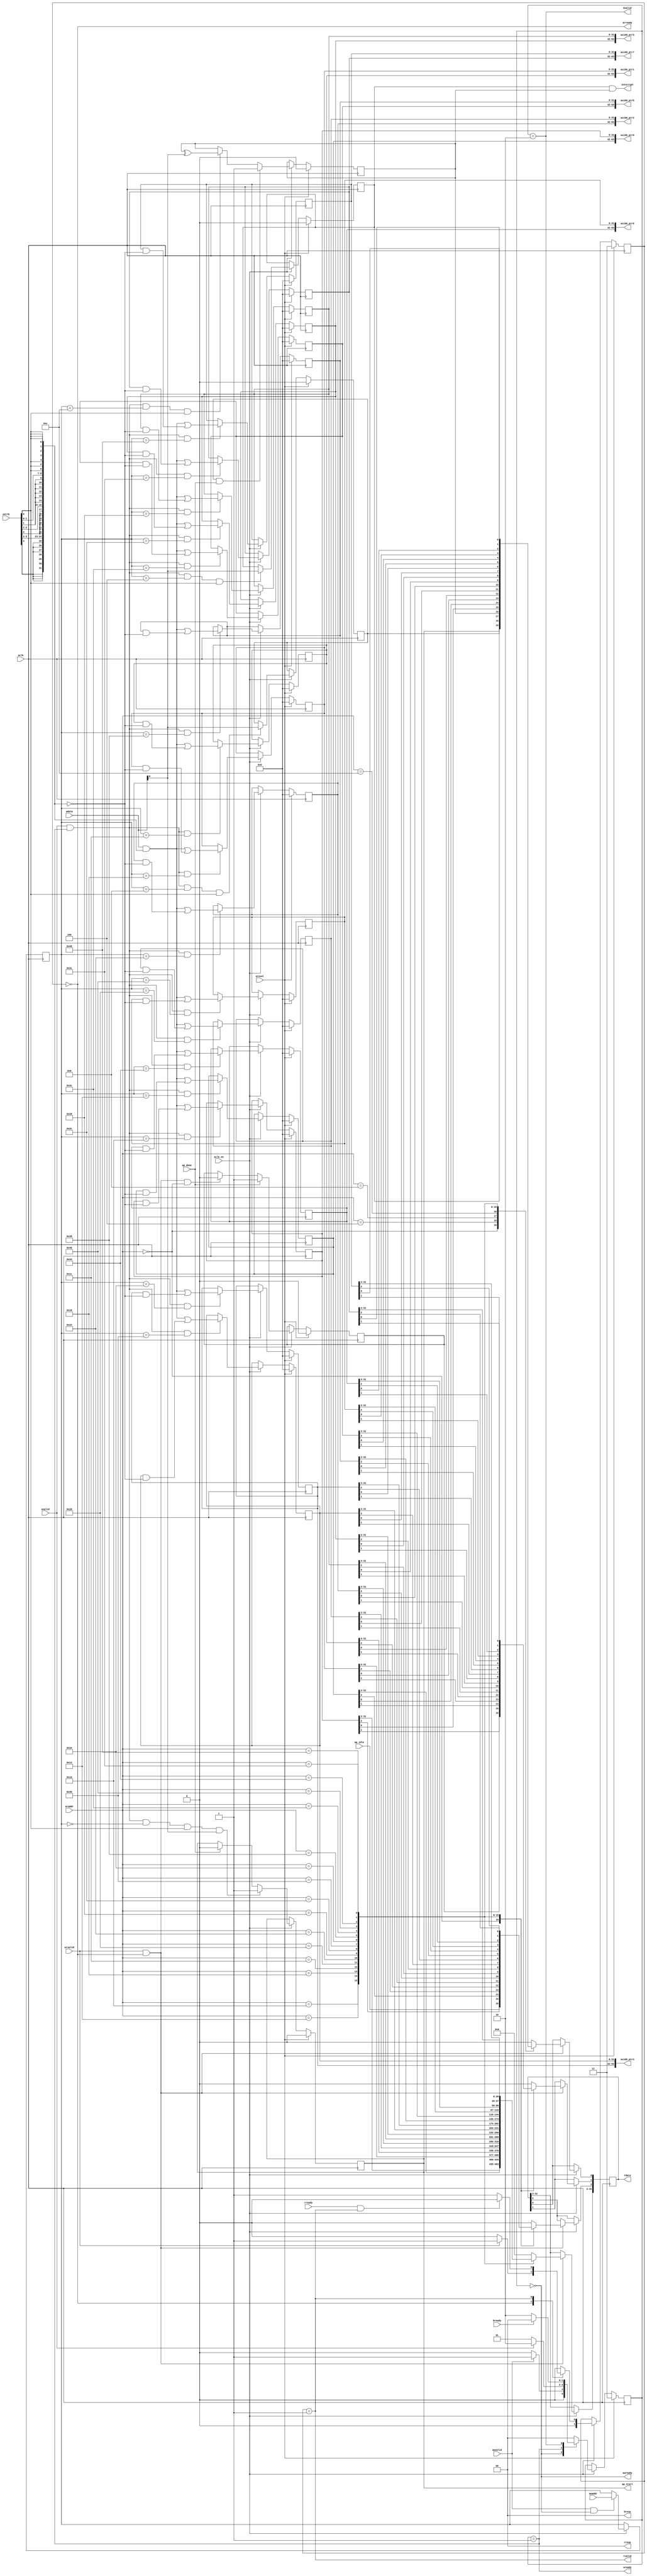
// This is a generated file. Use and modify at your own risk.
////////////////////////////////////////////////////////////////////////////////

// default_nettype of none prevents implicit wire declaration.
`default_nettype none
`timescale 1ns/1ps
module sdx_kernel_wizard_0_control_s_axi #(
  parameter integer C_ADDR_WIDTH = 12,
  parameter integer C_DATA_WIDTH = 32
)
(
  // AXI4-Lite slave signals
  input  wire                      aclk      ,
  input  wire                      areset    ,
  input  wire                      aclk_en   ,
  input  wire                      awvalid   ,
  output wire                      awready   ,
  input  wire [C_ADDR_WIDTH-1:0]   awaddr    ,
  input  wire                      wvalid    ,
  output wire                      wready    ,
  input  wire [C_DATA_WIDTH-1:0]   wdata     ,
  input  wire [C_DATA_WIDTH/8-1:0] wstrb     ,
  input  wire                      arvalid   ,
  output wire                      arready   ,
  input  wire [C_ADDR_WIDTH-1:0]   araddr    ,
  output wire                      rvalid    ,
  input  wire                      rready    ,
  output wire [C_DATA_WIDTH-1:0]   rdata     ,
  output wire [2-1:0]              rresp     ,
  output wire                      bvalid    ,
  input  wire                      bready    ,
  output wire [2-1:0]              bresp     ,
  output wire                      interrupt ,
  output wire                      ap_start  ,
  input  wire                      ap_idle   ,
  input  wire                      ap_done   ,
  // User defined arguments
  output wire [64-1:0]             axi00_ptr0,
  output wire [64-1:0]             axi00_ptr1,
  output wire [64-1:0]             axi00_ptr2,
  output wire [64-1:0]             axi00_ptr3,
  output wire [64-1:0]             axi00_ptr4,
  output wire [64-1:0]             axi00_ptr5,
  output wire [64-1:0]             axi00_ptr6,
  output wire [64-1:0]             axi00_ptr7
);

//------------------------Address Info-------------------
// 0x000 : Control signals
//         bit 0  - ap_start (Read/Write/COH)
//         bit 1  - ap_done (Read/COR)
//         bit 2  - ap_idle (Read)
//         others - reserved
// 0x004 : Global Interrupt Enable Register
//         bit 0  - Global Interrupt Enable (Read/Write)
//         others - reserved
// 0x008 : IP Interrupt Enable Register (Read/Write)
//         bit 0  - Channel 0 (ap_done)
//         others - reserved
// 0x00c : IP Interrupt Status Register (Read/TOW)
//         bit 0  - Channel 0 (ap_done)
//         others - reserved
// 0x010 : Data signal of axi00_ptr0
//         bit 31~0 - axi00_ptr0[31:0] (Read/Write)
// 0x014 : Data signal of axi00_ptr0
//         bit 31~0 - axi00_ptr0[63:32] (Read/Write)
// 0x018 : Data signal of axi00_ptr1
//         bit 31~0 - axi00_ptr1[31:0] (Read/Write)
// 0x01c : Data signal of axi00_ptr1
//         bit 31~0 - axi00_ptr1[63:32] (Read/Write)
// 0x020 : Data signal of axi00_ptr2
//         bit 31~0 - axi00_ptr2[31:0] (Read/Write)
// 0x024 : Data signal of axi00_ptr2
//         bit 31~0 - axi00_ptr2[63:32] (Read/Write)
// 0x028 : Data signal of axi00_ptr3
//         bit 31~0 - axi00_ptr3[31:0] (Read/Write)
// 0x02c : Data signal of axi00_ptr3
//         bit 31~0 - axi00_ptr3[63:32] (Read/Write)
// 0x030 : Data signal of axi00_ptr4
//         bit 31~0 - axi00_ptr4[31:0] (Read/Write)
// 0x034 : Data signal of axi00_ptr4
//         bit 31~0 - axi00_ptr4[63:32] (Read/Write)
// 0x038 : Data signal of axi00_ptr5
//         bit 31~0 - axi00_ptr5[31:0] (Read/Write)
// 0x03c : Data signal of axi00_ptr5
//         bit 31~0 - axi00_ptr5[63:32] (Read/Write)
// 0x040 : Data signal of axi00_ptr6
//         bit 31~0 - axi00_ptr6[31:0] (Read/Write)
// 0x044 : Data signal of axi00_ptr6
//         bit 31~0 - axi00_ptr6[63:32] (Read/Write)
// 0x048 : Data signal of axi00_ptr7
//         bit 31~0 - axi00_ptr7[31:0] (Read/Write)
// 0x04c : Data signal of axi00_ptr7
//         bit 31~0 - axi00_ptr7[63:32] (Read/Write)
// (SC = Self Clear, COR = Clear on Read, TOW = Toggle on Write, COH = Clear on Handshake)

///////////////////////////////////////////////////////////////////////////////
// Local Parameters
///////////////////////////////////////////////////////////////////////////////
localparam [C_ADDR_WIDTH-1:0]       LP_ADDR_AP_CTRL                = 12'h000;
localparam [C_ADDR_WIDTH-1:0]       LP_ADDR_GIE                    = 12'h004;
localparam [C_ADDR_WIDTH-1:0]       LP_ADDR_IER                    = 12'h008;
localparam [C_ADDR_WIDTH-1:0]       LP_ADDR_ISR                    = 12'h00c;
localparam [C_ADDR_WIDTH-1:0]       LP_ADDR_axi00_ptr0_0           = 12'h010;
localparam [C_ADDR_WIDTH-1:0]       LP_ADDR_axi00_ptr0_1           = 12'h014;
localparam [C_ADDR_WIDTH-1:0]       LP_ADDR_axi00_ptr1_0           = 12'h018;
localparam [C_ADDR_WIDTH-1:0]       LP_ADDR_axi00_ptr1_1           = 12'h01c;
localparam [C_ADDR_WIDTH-1:0]       LP_ADDR_axi00_ptr2_0           = 12'h020;
localparam [C_ADDR_WIDTH-1:0]       LP_ADDR_axi00_ptr2_1           = 12'h024;
localparam [C_ADDR_WIDTH-1:0]       LP_ADDR_axi00_ptr3_0           = 12'h028;
localparam [C_ADDR_WIDTH-1:0]       LP_ADDR_axi00_ptr3_1           = 12'h02c;
localparam [C_ADDR_WIDTH-1:0]       LP_ADDR_axi00_ptr4_0           = 12'h030;
localparam [C_ADDR_WIDTH-1:0]       LP_ADDR_axi00_ptr4_1           = 12'h034;
localparam [C_ADDR_WIDTH-1:0]       LP_ADDR_axi00_ptr5_0           = 12'h038;
localparam [C_ADDR_WIDTH-1:0]       LP_ADDR_axi00_ptr5_1           = 12'h03c;
localparam [C_ADDR_WIDTH-1:0]       LP_ADDR_axi00_ptr6_0           = 12'h040;
localparam [C_ADDR_WIDTH-1:0]       LP_ADDR_axi00_ptr6_1           = 12'h044;
localparam [C_ADDR_WIDTH-1:0]       LP_ADDR_axi00_ptr7_0           = 12'h048;
localparam [C_ADDR_WIDTH-1:0]       LP_ADDR_axi00_ptr7_1           = 12'h04c;
localparam integer                  LP_SM_WIDTH                    = 2;
localparam [LP_SM_WIDTH-1:0]        SM_WRIDLE                      = 2'd0;
localparam [LP_SM_WIDTH-1:0]        SM_WRDATA                      = 2'd1;
localparam [LP_SM_WIDTH-1:0]        SM_WRRESP                      = 2'd2;
localparam [LP_SM_WIDTH-1:0]        SM_WRRESET                     = 2'd3;
localparam [LP_SM_WIDTH-1:0]        SM_RDIDLE                      = 2'd0;
localparam [LP_SM_WIDTH-1:0]        SM_RDDATA                      = 2'd1;
localparam [LP_SM_WIDTH-1:0]        SM_RDRESET                     = 2'd3;

///////////////////////////////////////////////////////////////////////////////
// Wires and Variables
///////////////////////////////////////////////////////////////////////////////
reg  [LP_SM_WIDTH-1:0]              wstate                         = SM_WRRESET;
reg  [LP_SM_WIDTH-1:0]              wnext                         ;
reg  [C_ADDR_WIDTH-1:0]             waddr                         ;
wire [C_DATA_WIDTH-1:0]             wmask                         ;
wire                                aw_hs                         ;
wire                                w_hs                          ;
reg  [LP_SM_WIDTH-1:0]              rstate                         = SM_RDRESET;
reg  [LP_SM_WIDTH-1:0]              rnext                         ;
reg  [C_DATA_WIDTH-1:0]             rdata_r                       ;
wire                                ar_hs                         ;
wire [C_ADDR_WIDTH-1:0]             raddr                         ;
// internal registers
wire                                int_ap_idle                   ;
reg                                 int_ap_done                    = 1'b0;
reg                                 int_ap_start                   = 1'b0;
reg                                 int_gie                        = 1'b0;
reg                                 int_ier                        = 1'b0;
reg                                 int_isr                        = 1'b0;

reg  [64-1:0]                       int_axi00_ptr0                 = 64'd0;
reg  [64-1:0]                       int_axi00_ptr1                 = 64'd0;
reg  [64-1:0]                       int_axi00_ptr2                 = 64'd0;
reg  [64-1:0]                       int_axi00_ptr3                 = 64'd0;
reg  [64-1:0]                       int_axi00_ptr4                 = 64'd0;
reg  [64-1:0]                       int_axi00_ptr5                 = 64'd0;
reg  [64-1:0]                       int_axi00_ptr6                 = 64'd0;
reg  [64-1:0]                       int_axi00_ptr7                 = 64'd0;

///////////////////////////////////////////////////////////////////////////////
// Begin RTL
///////////////////////////////////////////////////////////////////////////////

//------------------------AXI write fsm------------------
assign awready = (wstate == SM_WRIDLE);
assign wready  = (wstate == SM_WRDATA);
assign bresp   = 2'b00;  // OKAY
assign bvalid  = (wstate == SM_WRRESP);
assign wmask   = { {8{wstrb[3]}}, {8{wstrb[2]}}, {8{wstrb[1]}}, {8{wstrb[0]}} };
assign aw_hs   = awvalid & awready;
assign w_hs    = wvalid & wready;

// wstate
always @(posedge aclk) begin
  if (areset)
    wstate <= SM_WRRESET;
  else if (aclk_en)
    wstate <= wnext;
end

// wnext
always @(*) begin
  case (wstate)
    SM_WRIDLE:
      if (awvalid)
        wnext = SM_WRDATA;
      else
        wnext = SM_WRIDLE;
    SM_WRDATA:
      if (wvalid)
        wnext = SM_WRRESP;
      else
        wnext = SM_WRDATA;
    SM_WRRESP:
      if (bready)
        wnext = SM_WRIDLE;
      else
        wnext = SM_WRRESP;
    // SM_WRRESET
    default:
      wnext = SM_WRIDLE;
  endcase
end

// waddr
always @(posedge aclk) begin
  if (aclk_en) begin
    if (aw_hs)
      waddr <= awaddr;
  end
end

//------------------------AXI read fsm-------------------
assign arready = (rstate == SM_RDIDLE);
assign rdata   = rdata_r;
assign rresp   = 2'b00;  // OKAY
assign rvalid  = (rstate == SM_RDDATA);
assign ar_hs   = arvalid & arready;
assign raddr   = araddr;

// rstate
always @(posedge aclk) begin
  if (areset)
    rstate <= SM_RDRESET;
  else if (aclk_en)
    rstate <= rnext;
end

// rnext
always @(*) begin
  case (rstate)
    SM_RDIDLE:
      if (arvalid)
        rnext = SM_RDDATA;
      else
        rnext = SM_RDIDLE;
    SM_RDDATA:
      if (rready & rvalid)
        rnext = SM_RDIDLE;
      else
        rnext = SM_RDDATA;
    // SM_RDRESET:
    default:
      rnext = SM_RDIDLE;
  endcase
end

// rdata_r
always @(posedge aclk) begin
  if (aclk_en) begin
    if (ar_hs) begin
      rdata_r <= {C_DATA_WIDTH{1'b0}};
      case (raddr)
        LP_ADDR_AP_CTRL: begin
          rdata_r[0] <= int_ap_start;
          rdata_r[1] <= int_ap_done;
          rdata_r[2] <= int_ap_idle;
          rdata_r[3+:C_DATA_WIDTH-3] <= {C_DATA_WIDTH-3{1'b0}};
        end
        LP_ADDR_GIE: begin
          rdata_r[0] <= int_gie;
          rdata_r[1+:C_DATA_WIDTH-1] <=  {C_DATA_WIDTH-1{1'b0}};
        end
        LP_ADDR_IER: begin
          rdata_r[0] <= int_ier;
          rdata_r[1+:C_DATA_WIDTH-1] <=  {C_DATA_WIDTH-1{1'b0}};
        end
        LP_ADDR_ISR: begin
          rdata_r[0] <= int_isr;
          rdata_r[1+:C_DATA_WIDTH-1] <=  {C_DATA_WIDTH-1{1'b0}};
        end
        LP_ADDR_axi00_ptr0_0: begin
          rdata_r <= int_axi00_ptr0[0+:32];
        end
        LP_ADDR_axi00_ptr0_1: begin
          rdata_r <= int_axi00_ptr0[32+:32];
        end
        LP_ADDR_axi00_ptr1_0: begin
          rdata_r <= int_axi00_ptr1[0+:32];
        end
        LP_ADDR_axi00_ptr1_1: begin
          rdata_r <= int_axi00_ptr1[32+:32];
        end
        LP_ADDR_axi00_ptr2_0: begin
          rdata_r <= int_axi00_ptr2[0+:32];
        end
        LP_ADDR_axi00_ptr2_1: begin
          rdata_r <= int_axi00_ptr2[32+:32];
        end
        LP_ADDR_axi00_ptr3_0: begin
          rdata_r <= int_axi00_ptr3[0+:32];
        end
        LP_ADDR_axi00_ptr3_1: begin
          rdata_r <= int_axi00_ptr3[32+:32];
        end
        LP_ADDR_axi00_ptr4_0: begin
          rdata_r <= int_axi00_ptr4[0+:32];
        end
        LP_ADDR_axi00_ptr4_1: begin
          rdata_r <= int_axi00_ptr4[32+:32];
        end
        LP_ADDR_axi00_ptr5_0: begin
          rdata_r <= int_axi00_ptr5[0+:32];
        end
        LP_ADDR_axi00_ptr5_1: begin
          rdata_r <= int_axi00_ptr5[32+:32];
        end
        LP_ADDR_axi00_ptr6_0: begin
          rdata_r <= int_axi00_ptr6[0+:32];
        end
        LP_ADDR_axi00_ptr6_1: begin
          rdata_r <= int_axi00_ptr6[32+:32];
        end
        LP_ADDR_axi00_ptr7_0: begin
          rdata_r <= int_axi00_ptr7[0+:32];
        end
        LP_ADDR_axi00_ptr7_1: begin
          rdata_r <= int_axi00_ptr7[32+:32];
        end

        default: begin
          rdata_r <= {C_DATA_WIDTH{1'b0}};
        end
      endcase
    end
  end
end

//------------------------Register logic-----------------
assign interrupt    = int_gie & (|int_isr);
assign ap_start     = int_ap_start;
assign int_ap_idle  = ap_idle;
assign axi00_ptr0 = int_axi00_ptr0;
assign axi00_ptr1 = int_axi00_ptr1;
assign axi00_ptr2 = int_axi00_ptr2;
assign axi00_ptr3 = int_axi00_ptr3;
assign axi00_ptr4 = int_axi00_ptr4;
assign axi00_ptr5 = int_axi00_ptr5;
assign axi00_ptr6 = int_axi00_ptr6;
assign axi00_ptr7 = int_axi00_ptr7;

// int_ap_start
always @(posedge aclk) begin
  if (areset)
    int_ap_start <= 1'b0;
  else if (aclk_en) begin
    if (w_hs && waddr == LP_ADDR_AP_CTRL && wstrb[0] && wdata[0])
      int_ap_start <= 1'b1;
    else if (ap_done)
      int_ap_start <= 1'b0;
  end
end

// int_ap_done
always @(posedge aclk) begin
  if (areset)
    int_ap_done <= 1'b0;
  else if (aclk_en) begin
    if (ap_done)
      int_ap_done <= 1'b1;
    else if (ar_hs && raddr == LP_ADDR_AP_CTRL)
      int_ap_done <= 1'b0; // clear on read
  end
end

// int_gie
always @(posedge aclk) begin
  if (areset)
    int_gie     <= 1'b0;
  else if (aclk_en) begin
    if (w_hs && waddr == LP_ADDR_GIE && wstrb[0])
      int_gie <= wdata[0];
  end
end

// int_ier
always @(posedge aclk) begin
  if (areset)
    int_ier     <= 1'b0;
  else if (aclk_en) begin
    if (w_hs && waddr == LP_ADDR_IER && wstrb[0])
      int_ier <= wdata[0];
  end
end

// int_isr
always @(posedge aclk) begin
  if (areset)
    int_isr     <= 1'b0;
  else if (aclk_en) begin
    if (int_ier & ap_done)
      int_isr <= 1'b1;
    else if (w_hs && waddr == LP_ADDR_ISR && wstrb[0])
      int_isr <= int_isr ^ wdata[0];
  end
end


// int_axi00_ptr0[32-1:0]
always @(posedge aclk) begin
  if (areset)
    int_axi00_ptr0[0+:32] <= 32'd0;
  else if (aclk_en) begin
    if (w_hs && waddr == LP_ADDR_axi00_ptr0_0)
      int_axi00_ptr0[0+:32] <= (wdata[0+:32] & wmask[0+:32]) | (int_axi00_ptr0[0+:32] & ~wmask[0+:32]);
  end
end

// int_axi00_ptr0[32-1:0]
always @(posedge aclk) begin
  if (areset)
    int_axi00_ptr0[32+:32] <= 32'd0;
  else if (aclk_en) begin
    if (w_hs && waddr == LP_ADDR_axi00_ptr0_1)
      int_axi00_ptr0[32+:32] <= (wdata[0+:32] & wmask[0+:32]) | (int_axi00_ptr0[32+:32] & ~wmask[0+:32]);
  end
end

// int_axi00_ptr1[32-1:0]
always @(posedge aclk) begin
  if (areset)
    int_axi00_ptr1[0+:32] <= 32'd0;
  else if (aclk_en) begin
    if (w_hs && waddr == LP_ADDR_axi00_ptr1_0)
      int_axi00_ptr1[0+:32] <= (wdata[0+:32] & wmask[0+:32]) | (int_axi00_ptr1[0+:32] & ~wmask[0+:32]);
  end
end

// int_axi00_ptr1[32-1:0]
always @(posedge aclk) begin
  if (areset)
    int_axi00_ptr1[32+:32] <= 32'd0;
  else if (aclk_en) begin
    if (w_hs && waddr == LP_ADDR_axi00_ptr1_1)
      int_axi00_ptr1[32+:32] <= (wdata[0+:32] & wmask[0+:32]) | (int_axi00_ptr1[32+:32] & ~wmask[0+:32]);
  end
end

// int_axi00_ptr2[32-1:0]
always @(posedge aclk) begin
  if (areset)
    int_axi00_ptr2[0+:32] <= 32'd0;
  else if (aclk_en) begin
    if (w_hs && waddr == LP_ADDR_axi00_ptr2_0)
      int_axi00_ptr2[0+:32] <= (wdata[0+:32] & wmask[0+:32]) | (int_axi00_ptr2[0+:32] & ~wmask[0+:32]);
  end
end

// int_axi00_ptr2[32-1:0]
always @(posedge aclk) begin
  if (areset)
    int_axi00_ptr2[32+:32] <= 32'd0;
  else if (aclk_en) begin
    if (w_hs && waddr == LP_ADDR_axi00_ptr2_1)
      int_axi00_ptr2[32+:32] <= (wdata[0+:32] & wmask[0+:32]) | (int_axi00_ptr2[32+:32] & ~wmask[0+:32]);
  end
end

// int_axi00_ptr3[32-1:0]
always @(posedge aclk) begin
  if (areset)
    int_axi00_ptr3[0+:32] <= 32'd0;
  else if (aclk_en) begin
    if (w_hs && waddr == LP_ADDR_axi00_ptr3_0)
      int_axi00_ptr3[0+:32] <= (wdata[0+:32] & wmask[0+:32]) | (int_axi00_ptr3[0+:32] & ~wmask[0+:32]);
  end
end

// int_axi00_ptr3[32-1:0]
always @(posedge aclk) begin
  if (areset)
    int_axi00_ptr3[32+:32] <= 32'd0;
  else if (aclk_en) begin
    if (w_hs && waddr == LP_ADDR_axi00_ptr3_1)
      int_axi00_ptr3[32+:32] <= (wdata[0+:32] & wmask[0+:32]) | (int_axi00_ptr3[32+:32] & ~wmask[0+:32]);
  end
end

// int_axi00_ptr4[32-1:0]
always @(posedge aclk) begin
  if (areset)
    int_axi00_ptr4[0+:32] <= 32'd0;
  else if (aclk_en) begin
    if (w_hs && waddr == LP_ADDR_axi00_ptr4_0)
      int_axi00_ptr4[0+:32] <= (wdata[0+:32] & wmask[0+:32]) | (int_axi00_ptr4[0+:32] & ~wmask[0+:32]);
  end
end

// int_axi00_ptr4[32-1:0]
always @(posedge aclk) begin
  if (areset)
    int_axi00_ptr4[32+:32] <= 32'd0;
  else if (aclk_en) begin
    if (w_hs && waddr == LP_ADDR_axi00_ptr4_1)
      int_axi00_ptr4[32+:32] <= (wdata[0+:32] & wmask[0+:32]) | (int_axi00_ptr4[32+:32] & ~wmask[0+:32]);
  end
end

// int_axi00_ptr5[32-1:0]
always @(posedge aclk) begin
  if (areset)
    int_axi00_ptr5[0+:32] <= 32'd0;
  else if (aclk_en) begin
    if (w_hs && waddr == LP_ADDR_axi00_ptr5_0)
      int_axi00_ptr5[0+:32] <= (wdata[0+:32] & wmask[0+:32]) | (int_axi00_ptr5[0+:32] & ~wmask[0+:32]);
  end
end

// int_axi00_ptr5[32-1:0]
always @(posedge aclk) begin
  if (areset)
    int_axi00_ptr5[32+:32] <= 32'd0;
  else if (aclk_en) begin
    if (w_hs && waddr == LP_ADDR_axi00_ptr5_1)
      int_axi00_ptr5[32+:32] <= (wdata[0+:32] & wmask[0+:32]) | (int_axi00_ptr5[32+:32] & ~wmask[0+:32]);
  end
end

// int_axi00_ptr6[32-1:0]
always @(posedge aclk) begin
  if (areset)
    int_axi00_ptr6[0+:32] <= 32'd0;
  else if (aclk_en) begin
    if (w_hs && waddr == LP_ADDR_axi00_ptr6_0)
      int_axi00_ptr6[0+:32] <= (wdata[0+:32] & wmask[0+:32]) | (int_axi00_ptr6[0+:32] & ~wmask[0+:32]);
  end
end

// int_axi00_ptr6[32-1:0]
always @(posedge aclk) begin
  if (areset)
    int_axi00_ptr6[32+:32] <= 32'd0;
  else if (aclk_en) begin
    if (w_hs && waddr == LP_ADDR_axi00_ptr6_1)
      int_axi00_ptr6[32+:32] <= (wdata[0+:32] & wmask[0+:32]) | (int_axi00_ptr6[32+:32] & ~wmask[0+:32]);
  end
end

// int_axi00_ptr7[32-1:0]
always @(posedge aclk) begin
  if (areset)
    int_axi00_ptr7[0+:32] <= 32'd0;
  else if (aclk_en) begin
    if (w_hs && waddr == LP_ADDR_axi00_ptr7_0)
      int_axi00_ptr7[0+:32] <= (wdata[0+:32] & wmask[0+:32]) | (int_axi00_ptr7[0+:32] & ~wmask[0+:32]);
  end
end

// int_axi00_ptr7[32-1:0]
always @(posedge aclk) begin
  if (areset)
    int_axi00_ptr7[32+:32] <= 32'd0;
  else if (aclk_en) begin
    if (w_hs && waddr == LP_ADDR_axi00_ptr7_1)
      int_axi00_ptr7[32+:32] <= (wdata[0+:32] & wmask[0+:32]) | (int_axi00_ptr7[32+:32] & ~wmask[0+:32]);
  end
end


endmodule

`default_nettype wire